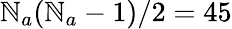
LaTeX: \mathbb{N}_{a}(\mathbb{N}_{a}-1)/2=45